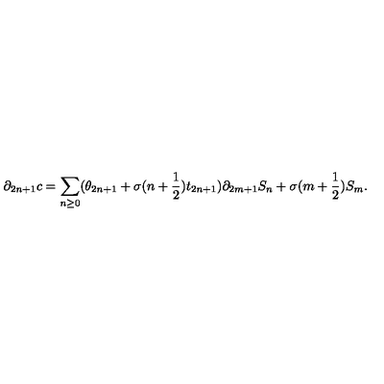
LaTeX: \partial _ { 2 n + 1 } c = \sum _ { n \geq 0 } ( \theta _ { 2 n + 1 } + \sigma ( n + \frac { 1 } { 2 } ) t _ { 2 n + 1 } ) \partial _ { 2 m + 1 } S _ { n } + \sigma ( m + \frac { 1 } { 2 } ) S _ { m } .